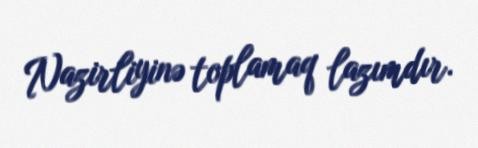
Nazirliyinə toplamaq lazımdır.